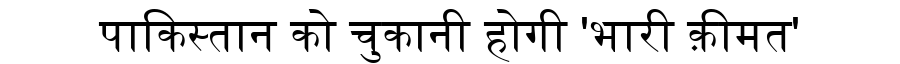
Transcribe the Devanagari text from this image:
पाकिस्तान को चुकानी होगी 'भारी क़ीमत'